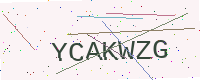
Text: YCAKWZG